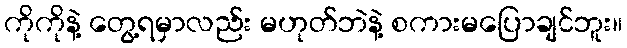
ကိုကိုနဲ့ တွေ့ရမှာလည်း မဟုတ်ဘဲနဲ့ စကားမပြောချင်ဘူး။